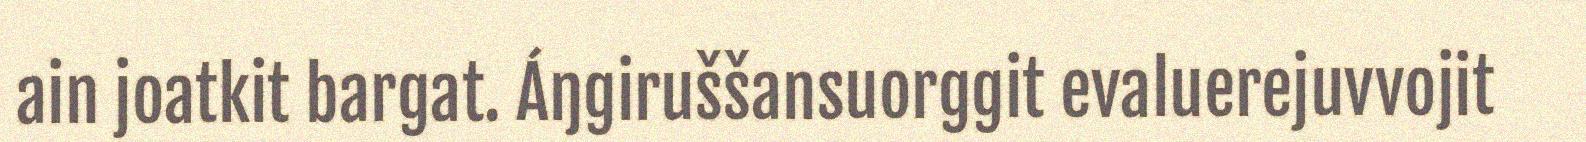
ain joatkit bargat. Áŋgiruššansuorggit evaluerejuvvojit